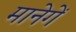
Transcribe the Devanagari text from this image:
मानेगें